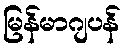
မြန်မာဂျပန်